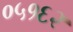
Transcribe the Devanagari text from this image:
०५१६२